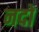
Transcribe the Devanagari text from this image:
नदों